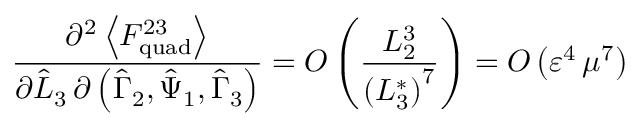
\frac { \partial ^ { 2 } \left\langle F _ { \mathrm { q u a d } } ^ { 2 3 } \right\rangle } { \partial \hat { L } _ { 3 } \, \partial \left( \hat { \Gamma } _ { 2 } , \hat { \Psi } _ { 1 } , \hat { \Gamma } _ { 3 } \right) } = O \left( \frac { L _ { 2 } ^ { 3 } } { \left( L _ { 3 } ^ { * } \right) ^ { 7 } } \right) = O \left( \varepsilon ^ { 4 } \, \mu ^ { 7 } \right)